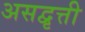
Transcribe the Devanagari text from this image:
असद्वृत्ती